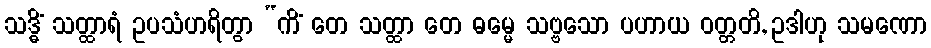
သဒ္ဓိံ သတ္ထာရံ ဥပသံဟရိတွာ “ကိံ တေ သတ္ထာ တေ ဓမ္မေ သဗ္ဗသော ပဟာယ ဝတ္တတိ, ဥဒါဟု သမဏော